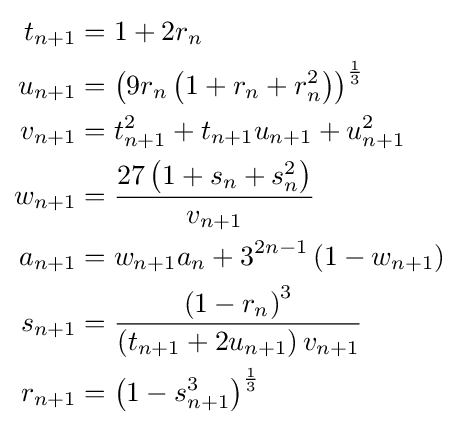
{\begin{aligned}t_{n+1}&=1+2r_{n}\\u_{n+1}&=\left(9r_{n}\left(1+r_{n}+r_{n}^{2}\right)\right)^{\frac {1}{3}}\\v_{n+1}&=t_{n+1}^{2}+t_{n+1}u_{n+1}+u_{n+1}^{2}\\w_{n+1}&={\frac {27\left(1+s_{n}+s_{n}^{2}\right)}{v_{n+1}}}\\a_{n+1}&=w_{n+1}a_{n}+3^{2n-1}\left(1-w_{n+1}\right)\\s_{n+1}&={\frac {\left(1-r_{n}\right)^{3}}{\left(t_{n+1}+2u_{n+1}\right)v_{n+1}}}\\r_{n+1}&=\left(1-s_{n+1}^{3}\right)^{\frac {1}{3}}\end{aligned}}